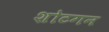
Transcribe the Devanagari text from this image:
शोटगन